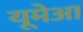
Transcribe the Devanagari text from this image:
यूमेआ